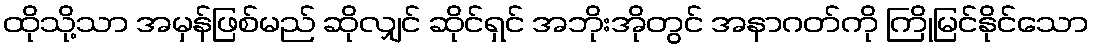
ထိုသို့သာ အမှန်ဖြစ်မည် ဆိုလျှင် ဆိုင်ရှင် အဘိုးအိုတွင် အနာဂတ်ကို ကြိုမြင်နိုင်သော